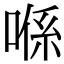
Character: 喺